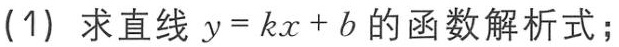
(1) 求直线 \(y = kx + b\) 的函数解析式；